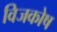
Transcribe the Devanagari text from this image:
विजकोष